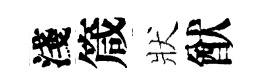
淺箴狀猷